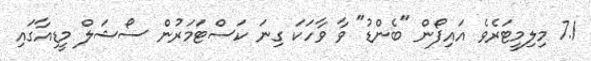
7.1 މިލިމީޓަރެވެ އައިފޯން "ބެންޑު" ވާ ވާހަކަ ގިނަ ކަސްޓަމަރުން ސޯޝަލް މީޑިއާގައި